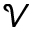
\mathcal { V }